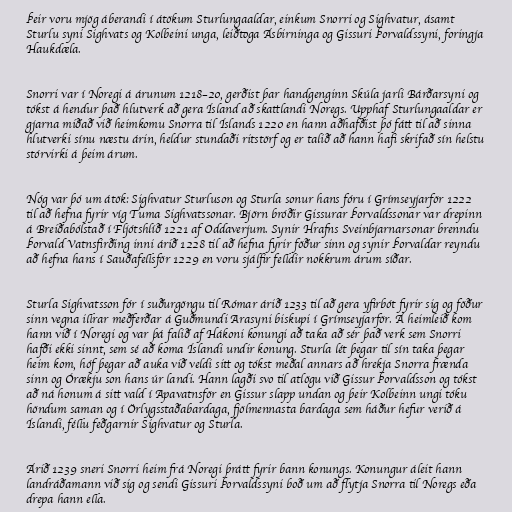
Þeir voru mjög áberandi í átökum Sturlungaaldar, einkum Snorri og Sighvatur, ásamt
Sturlu syni Sighvats og Kolbeini unga, leiðtoga Ásbirninga og Gissuri Þorvaldssyni, foringja
Haukdæla.

Snorri var í Noregi á árunum 1218–20, gerðist þar handgenginn Skúla jarli Bárðarsyni og
tókst á hendur það hlutverk að gera Ísland að skattlandi Noregs. Upphaf Sturlungaaldar er
gjarna miðað við heimkomu Snorra til Íslands 1220 en hann aðhafðist þó fátt til að sinna
hlutverki sínu næstu árin, heldur stundaði ritstörf og er talið að hann hafi skrifað sín helstu
stórvirki á þeim árum.

Nóg var þó um átök: Sighvatur Sturluson og Sturla sonur hans fóru í Grímseyjarför 1222
til að hefna fyrir víg Tuma Sighvatssonar. Björn bróðir Gissurar Þorvaldssonar var drepinn
á Breiðabólstað í Fljótshlíð 1221 af Oddaverjum. Synir Hrafns Sveinbjarnarsonar brenndu
Þorvald Vatnsfirðing inni árið 1228 til að hefna fyrir föður sinn og synir Þorvaldar reyndu
að hefna hans í Sauðafellsför 1229 en voru sjálfir felldir nokkrum árum síðar.

Sturla Sighvatsson fór í suðurgöngu til Rómar árið 1233 til að gera yfirbót fyrir sig og föður
sinn vegna illrar meðferðar á Guðmundi Arasyni biskupi í Grímseyjarför. Á heimleið kom
hann við í Noregi og var þá falið af Hákoni konungi að taka að sér það verk sem Snorri
hafði ekki sinnt, sem sé að koma Íslandi undir konung. Sturla lét þegar til sín taka þegar
heim kom, hóf þegar að auka við veldi sitt og tókst meðal annars að hrekja Snorra frænda
sinn og Órækju son hans úr landi. Hann lagði svo til atlögu við Gissur Þorvaldsson og tókst
að ná honum á sitt vald í Apavatnsför en Gissur slapp undan og þeir Kolbeinn ungi tóku
höndum saman og í Örlygsstaðabardaga, fjölmennasta bardaga sem háður hefur verið á
Íslandi, féllu feðgarnir Sighvatur og Sturla.

Árið 1239 sneri Snorri heim frá Noregi þrátt fyrir bann konungs. Konungur áleit hann
landráðamann við sig og sendi Gissuri Þorvaldssyni boð um að flytja Snorra til Noregs eða
drepa hann ella.